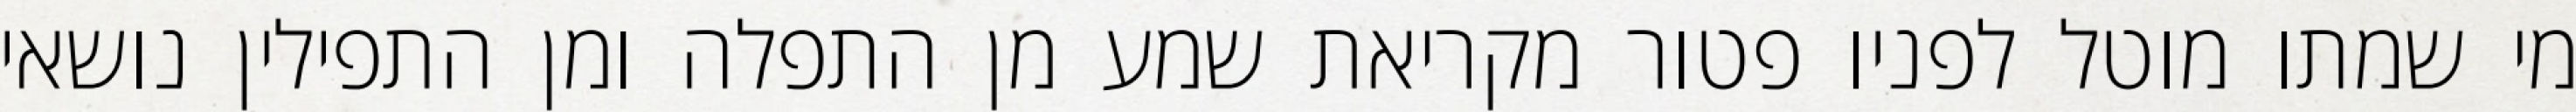
מי שמתו מוטל לפניו פטור מקריאת שמע מן התפלה ומן התפילין נושאי